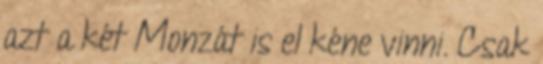
azt a két Monzát is el kéne vinni. Csak